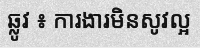
ឆ្លូវ ៖ ការងារមិនសូវល្អ